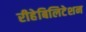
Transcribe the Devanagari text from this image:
रीहेबिलिटेशन